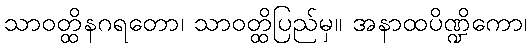
သာဝတ္ထိနဂရတော၊ သာဝတ္ထိပြည်မှ။ အနာထပိဏ္ဍိကော၊